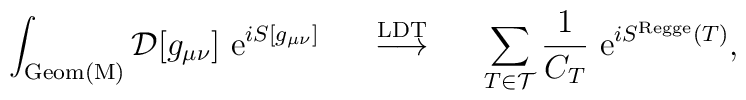
\int_{\rm Geom(M)} {\cal D}[g_{\mu\nu}]\ {\rm e}^{i S [g_{\mu\nu}]}\;\; \;\;\; \stackrel {\rm LDT}{\longrightarrow}\;\;\;\;\;\sum_{T \in {\cal T}}\frac{1}{C_T}\  {\rm e}^{i S^{\rm Regge}(T)},